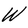
Character: W